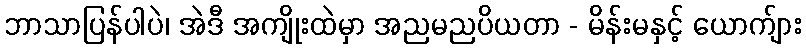
ဘာသာပြန်ပါပဲ၊ အဲဒီ အကျိုးထဲမှာ အညမညပိယတာ - မိန်းမနှင့် ယောက်ျား